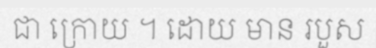
ជា ក្រោយ ។ ដោយ មាន របួស